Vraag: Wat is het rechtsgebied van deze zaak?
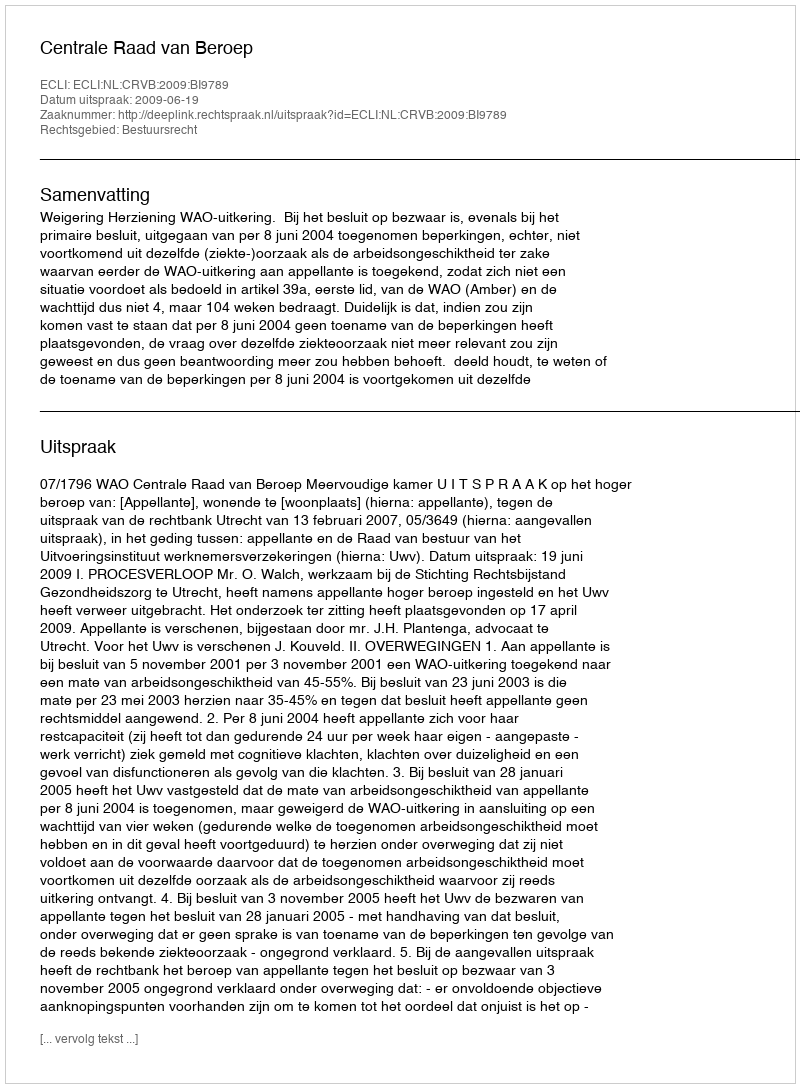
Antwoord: Bestuursrecht